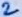
Text: 2